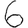
Digit: 6